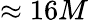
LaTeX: \approx 16M